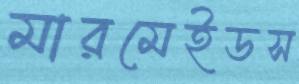
মারমেইডস